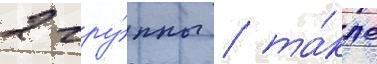
2 гру́ппы / та́кже